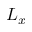
L _ { x }